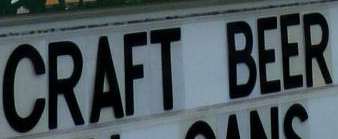
CRAFT BEER